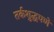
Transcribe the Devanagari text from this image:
तर्कशुद्धपणे